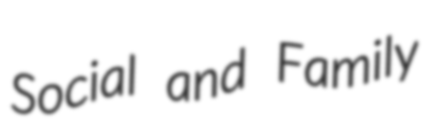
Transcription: Social and Family